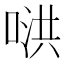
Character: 𪡥